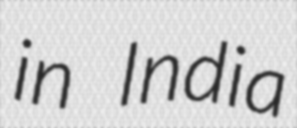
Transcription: in India